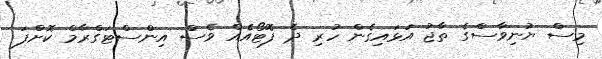
މިސް ޔުނިވާސްގެ ތާޖު އަޅައިގެން ހުރި ދެ ފޮޓޯއެއް ވެސް އިންސްޓަގްރާމް ކޮށްފަ